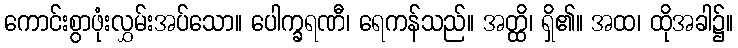
ကောင်းစွာဖုံးလွှမ်းအပ်သော။ ပေါက္ခရဏီ၊ ရေကန်သည်။ အတ္ထိ၊ ရှိ၏။ အထ၊ ထိုအခါ၌။